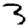
Digit: 3